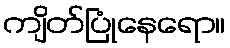
ကျိတ်ပြုံနေရော။